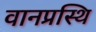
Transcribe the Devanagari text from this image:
वानप्रस्थि